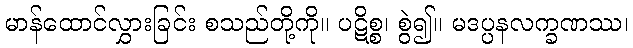
မာန်ထောင်လွှားခြင်း စသည်တို့ကို။ ပဋိစ္စ၊ စွဲ၍။ မဒပ္ပနလက္ခဏဿ၊